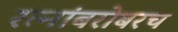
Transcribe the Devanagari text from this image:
रत्‍नांबरोबरच